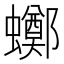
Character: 𧓸